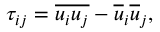
\tau _ { i j } = \overline { { u _ { i } u _ { j } } } - \overline { { u } } _ { i } \overline { { u } } _ { j } ,